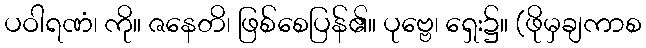
ပဝါရဏံ၊ ကို။ ဇနေတိ၊ ဖြစ်စေပြန်၏။ ပုဗ္ဗေ၊ ရှေး၌။ (ဖိုမှချကာစ